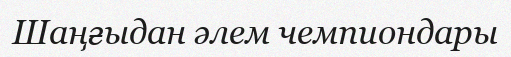
Шаңғыдан әлем чемпиондары